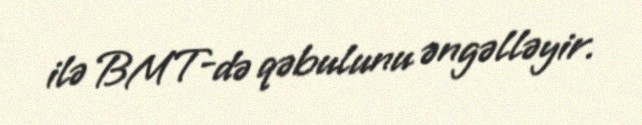
ilə BMT-də qəbulunu əngəlləyir.